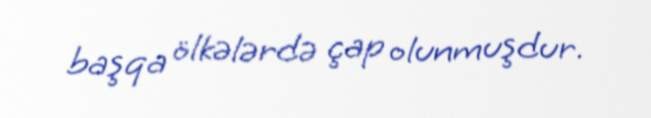
başqa ölkələrdə çap olunmuşdur.